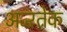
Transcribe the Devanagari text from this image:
अज्ऱतेक